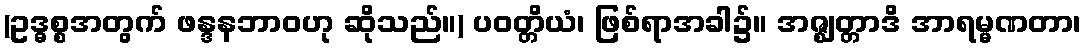
(ဥဒ္ဓစ္စအတွက် ဖန္ဒနဘာဝဟု ဆိုသည်။) ပဝတ္တိယံ၊ ဖြစ်ရာအခါ၌။ အဇ္ဈတ္တာဒိ အာရမ္မဏတာ၊